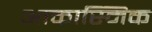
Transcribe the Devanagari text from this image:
आकास्मिक